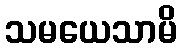
သမယေသာမိ